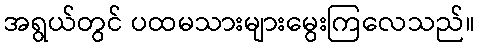
အရွယ်တွင် ပထမသားများမွေးကြလေသည်။